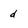
Character: d